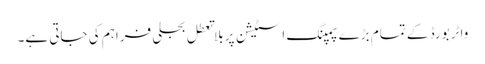
واٹر بورڈ کے تمام بڑے پمپنگ اسٹیشن پر بلا تعطل بجلی فراہم کی جاتی ہے۔